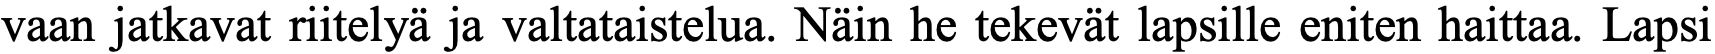
vaan jatkavat riitelyä ja valtataistelua. Näin he tekevät lapsille eniten haittaa. Lapsi